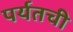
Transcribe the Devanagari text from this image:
पर्यतची